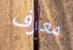
معرف